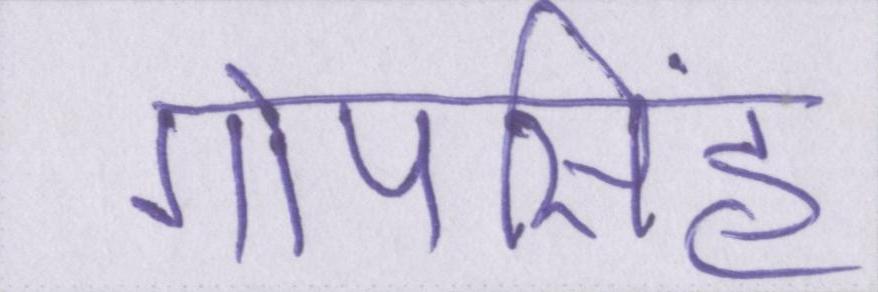
गोपसिंह